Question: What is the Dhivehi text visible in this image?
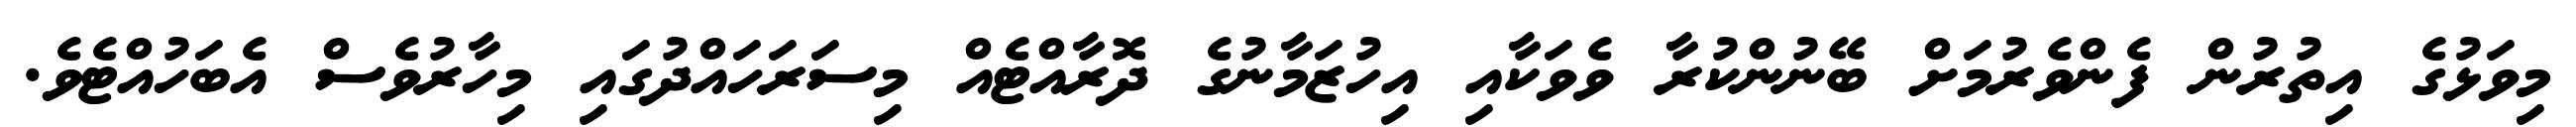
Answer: މިވަޅުގެ އިތުރުން ފެންވެރުމަށް ބޭނުންކުރާ ވެވަކާއި އިހުޒަމާނުގެ ދޮރާއްޓެއް މިސަރަހައްދުގައި މިހާރުވެސް އެބަހުއްޓެވެ.